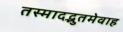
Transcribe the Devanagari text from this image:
तस्मादद्भुतमेवाह